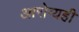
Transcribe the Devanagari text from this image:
आरोग्यही